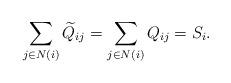
LaTeX: \begin{align*} \sum_{j\in N(i)} \widetilde Q_{ij} = \sum_{j\in N(i)} Q_{ij} = S_i.\end{align*}